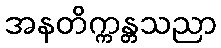
အနတိက္ကန္တသညာ